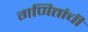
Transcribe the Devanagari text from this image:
गणितांची